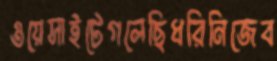
ওয়েসাইটেগলেছিধরিনিজেব